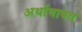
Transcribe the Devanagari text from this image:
अर्थाबाबत